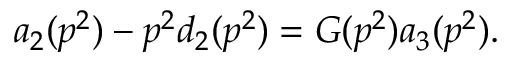
a _ { 2 } ( p ^ { 2 } ) - p ^ { 2 } d _ { 2 } ( p ^ { 2 } ) = G ( p ^ { 2 } ) a _ { 3 } ( p ^ { 2 } ) { } .